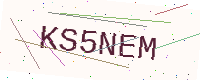
Text: KS5NEM